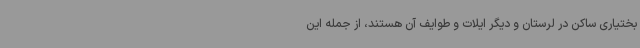
بختیاری ساکن در لرستان و دیگر ایلات و طوایف آن هستند، از جمله این